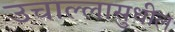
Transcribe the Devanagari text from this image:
उचाल्लासुधील